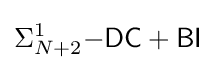
\Sigma _{N+2}^{1}{\mathsf {-DC+BI}}